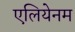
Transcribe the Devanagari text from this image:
एलियेनम